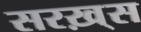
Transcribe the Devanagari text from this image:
सरख़्स